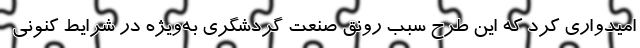
امیدواری کرد که این طرح سبب رونق صنعت گردشگری به‌ویژه در شرایط کنونی